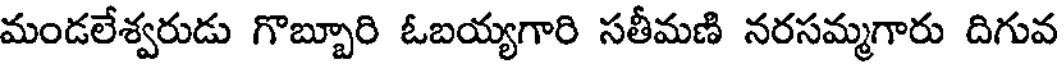
మండలేశ్వరుడు గొబ్బూరి ఓబయ్యగారి సతీమణి నరసమ్మగారు దిగువ